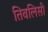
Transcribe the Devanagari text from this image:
तिबलिसी